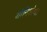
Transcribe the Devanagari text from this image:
योनिशोथ।